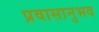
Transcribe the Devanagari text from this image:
प्रवासानुभव